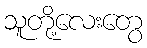
သူတို့လေးတွေ